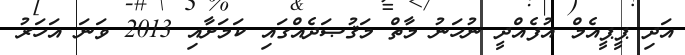
އަދި ޕީޕީއެމް އުފެއްދީ ނުހަނު މާތް މަޤުޞަދެއްގައި ކަމަށާއި 2013 ވަނަ އަހަރު